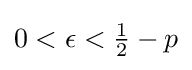
0<\epsilon <{\tfrac {1}{2}}-p